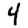
Digit: 4